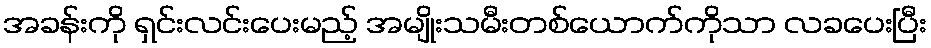
အခန်းကို ရှင်းလင်းပေးမည့် အမျိုးသမီးတစ်ယောက်ကိုသာ လခပေးပြီး